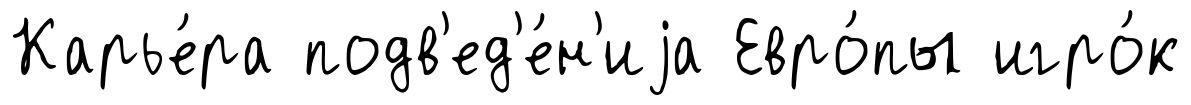
Карье́ра подв'ед'е́н'иjа Евро́пы игро́к